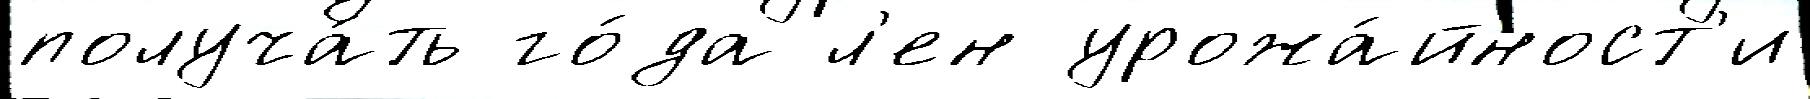
получа́ть го́да л'ен урожа́йност'и